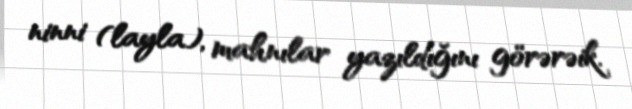
ninni (layla), mahnılar yazıldığını görərəik.